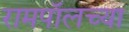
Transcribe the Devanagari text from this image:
रामपॉलच्या